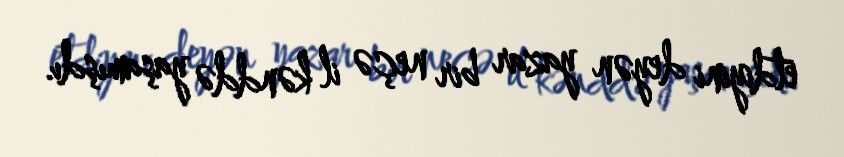
etdiyini deyən yazar bir neçə il kənddə yaşamışdı.